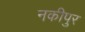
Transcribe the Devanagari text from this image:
नकीपुर